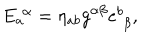
LaTeX: E _ { a } ^ { \, \, \alpha } = \eta _ { a b } g ^ { \alpha \beta } e _ { \, \, \beta } ^ { b } ,